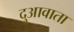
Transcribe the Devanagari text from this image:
दुआवाता